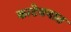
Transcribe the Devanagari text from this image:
काटेवनात